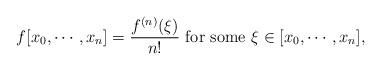
LaTeX: \begin{align*} f[x_0,\cdots, x_n]=\frac{f^{(n)}(\xi)}{n!} \textrm{ for some } \xi\in[x_0,\cdots, x_n],\end{align*}